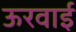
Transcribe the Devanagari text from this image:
ऊरवाई